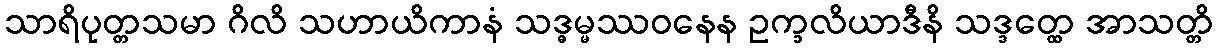
သာရိပုတ္တသမာ ဂိလိ သဟာယိကာနံ သဒ္ဓမ္မဿဝနေန ဥက္ခလိယာဒီနိ သဒ္ဒတ္ထေ အာသတ္တိ